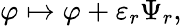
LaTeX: \varphi\mapsto\varphi+\varepsilon_{r}\Psi_{r},